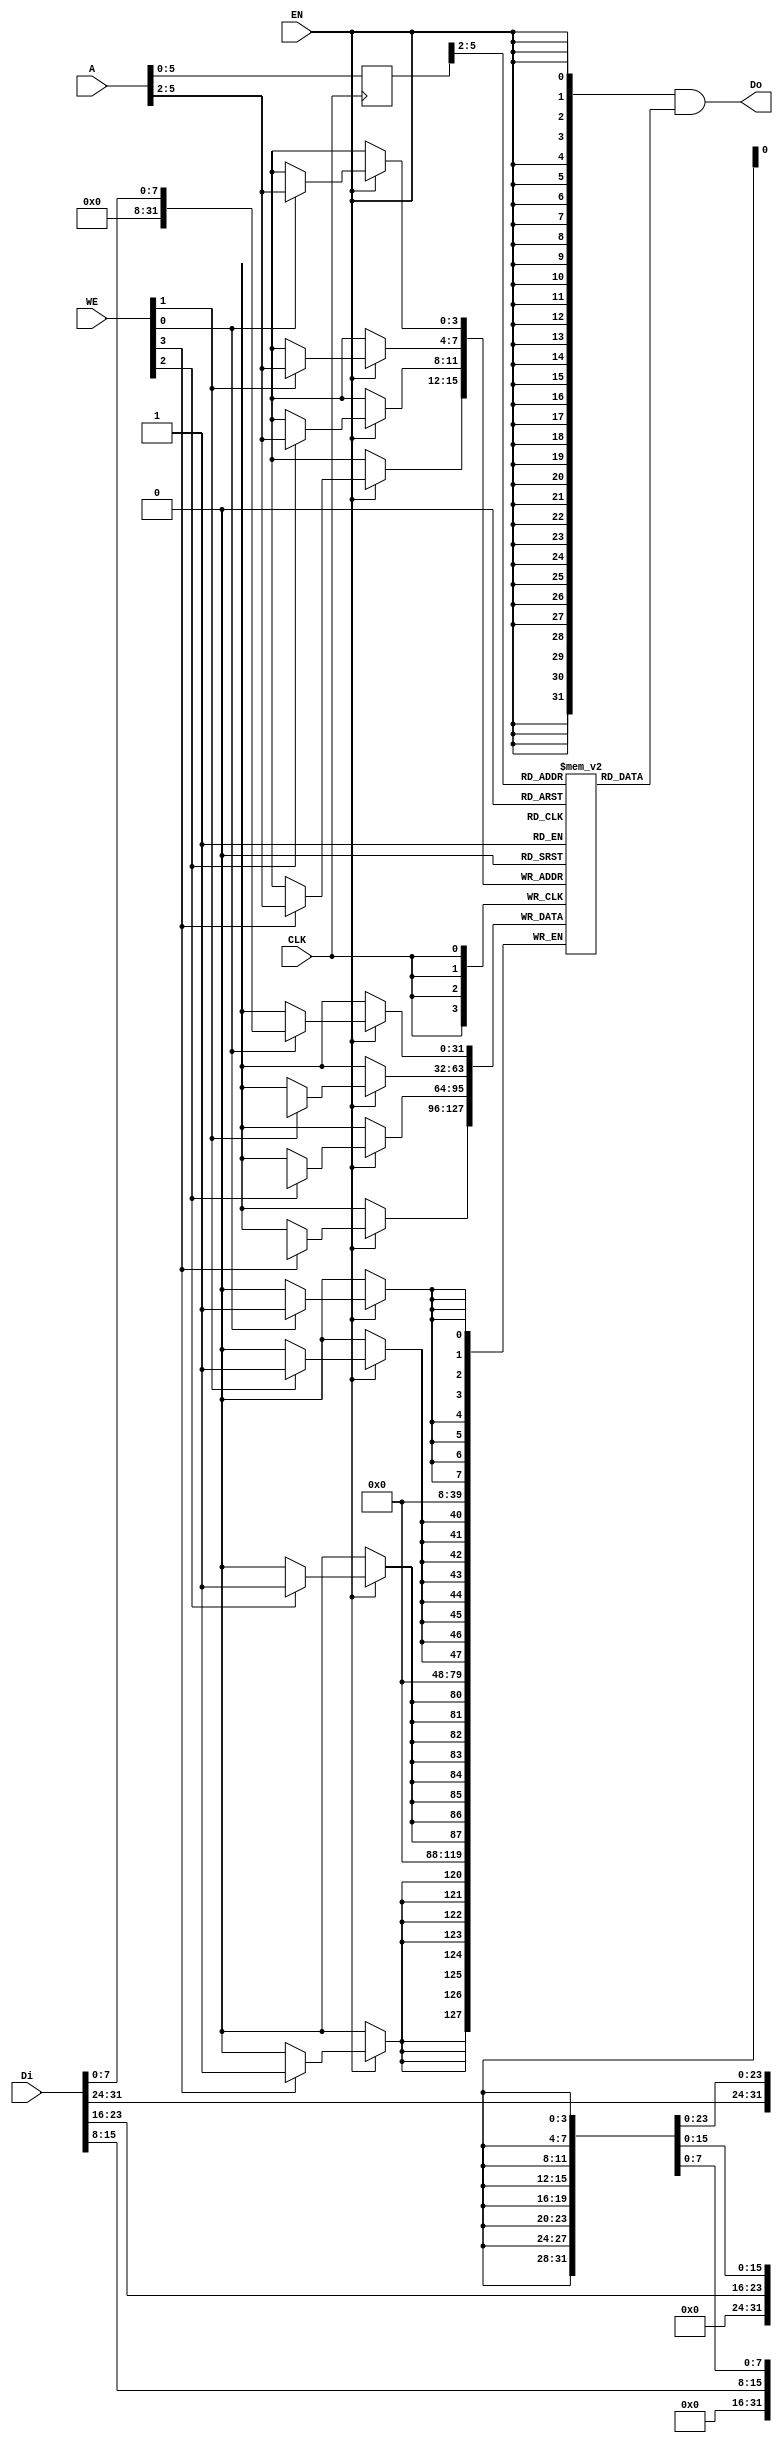
// module bram11 (clk, we, re, waddr, raddr, wdi, rdo);
//     parameter ADDR_WIDTH = 12;
//     parameter SIZE = 11;
//     parameter BIT_WIDTH = 32;
//     input                          clk;
//     input                          we, re;
//     input [ADDR_WIDTH-1:0]         waddr, raddr;
//     input [BIT_WIDTH-1:0]          wdi;
//     output reg [BIT_WIDTH-1:0]     rdo;
//     reg [BIT_WIDTH-1:0] RAM [SIZE-1:0];
    
//     always @(posedge clk)begin
//         if(re) rdo <= RAM[raddr];
//     end
    
//     always @(posedge clk)begin
//         if(we) RAM[waddr] <= wdi;
//     end
    
// endmodule

module bram11
(
    CLK,
    WE,
    EN,
    Di,
    Do,
    A
);

    `define RAMinitFile "./init.dat"

    parameter ADDR_WIDTH = 12;
    parameter SIZE = 11;
    parameter BIT_WIDTH = 32;

    input   wire            CLK;
    input   wire     [3:0]  WE;
    input   wire            EN;
    input   wire    [BIT_WIDTH-1:0]  Di;
    output  wire    [BIT_WIDTH-1:0]  Do;
    input   wire    [ADDR_WIDTH-1:0]  A;

    reg [BIT_WIDTH-1:0] RAM[ADDR_WIDTH-1:0];
    reg [ADDR_WIDTH-1:0] r_A;

    //initial
    //$readmemh(`RAMinitFile, RAM);


    always @(posedge CLK) begin
    r_A <= A;
    end

    assign Do = {32{EN}} & RAM[r_A>>2];    // read

    wire [11:0] WA = A;
    always @(posedge CLK) begin
        if(EN) begin

        if(WE[0])
            RAM[WA>>2][7:0] <=  Di[7:0];
        if(WE[1])
            RAM[WA>>2][15:8] <=  Di[15:8];
        if(WE[2])
            RAM[WA>>2][23:16] <=  Di[23:16];
        if(WE[3])
            RAM[WA>>2][31:24] <=  Di[31:24];
        end
    end
endmodule